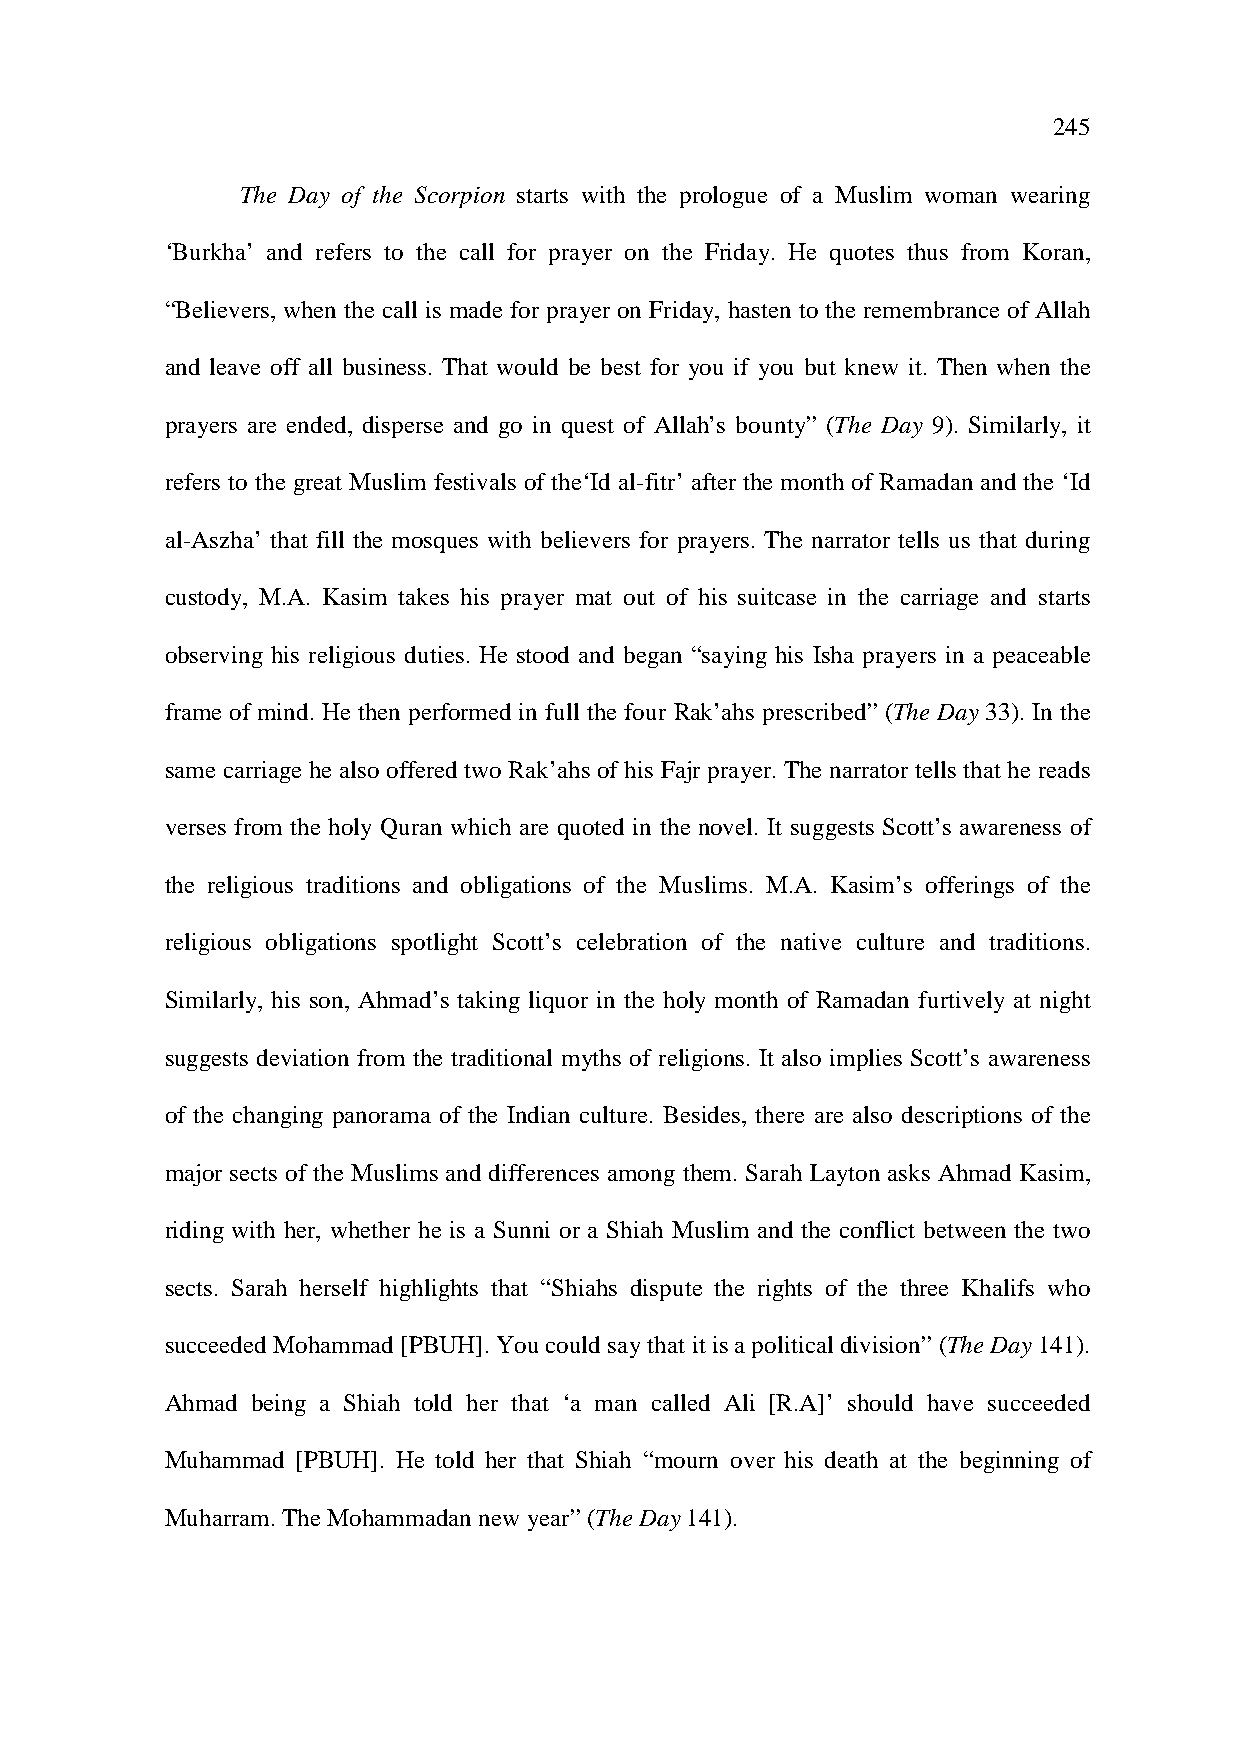
245
 The Day of the Scorpion starts with the prologue of a Muslim woman wearing
 ‘Burkha’ and refers to the call for prayer on the Friday. He quotes thus from Koran,
 “Believers, when the call is made for prayer on Friday, hasten to the remembrance of Allah
 and leave off all business. That would be best for you if you but knew it. Then when the
 prayers are ended, disperse and go in quest of Allah’s bounty” (The Day 9). Similarly, it
 refers to the great Muslim festivals of the‘Id al-fitr’ after the month of Ramadan and the ‘Id
 al-Aszha’ that fill the mosques with believers for prayers. The narrator tells us that during
 custody, M.A. Kasim takes his prayer mat out of his suitcase in the carriage and starts
 observing his religious duties. He stood and began “saying his Isha prayers in a peaceable
 frame of mind. He then performed in full the four Rak’ahs prescribed” (The Day 33). In the
 same carriage he also offered two Rak’ahs of his Fajr prayer. The narrator tells that he reads
 verses from the holy Quran which are quoted in the novel. It suggests Scott’s awareness of
 the religious traditions and obligations of the Muslims. M.A. Kasim’s offerings of the
 religious obligations spotlight Scott’s celebration of the native culture and traditions.
 Similarly, his son, Ahmad’s taking liquor in the holy month of Ramadan furtively at night
 suggests deviation from the traditional myths of religions. It also implies Scott’s awareness
 of the changing panorama of the Indian culture. Besides, there are also descriptions of the
 major sects of the Muslims and differences among them. Sarah Layton asks Ahmad Kasim,
 riding with her, whether he is a Sunni or a Shiah Muslim and the conflict between the two
 sects. Sarah herself highlights that “Shiahs dispute the rights of the three Khalifs who
 succeeded Mohammad [PBUH]. You could say that it is a political division” (The Day 141).
 Ahmad being a Shiah told her that ‘a man called Ali [R.A]’ should have succeeded
 Muhammad [PBUH]. He told her that Shiah “mourn over his death at the beginning of
 Muharram. The Mohammadan new year” (The Day 141).